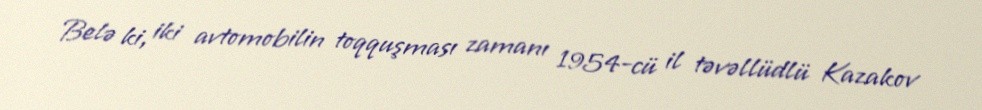
Belə ki, iki avtomobilin toqquşması zamanı 1954-cü il təvəllüdlü Kazakov